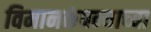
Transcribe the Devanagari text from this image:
विमानकंपन्याच्या